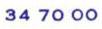
347000